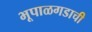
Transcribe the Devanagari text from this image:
भूपाळगडाची